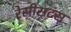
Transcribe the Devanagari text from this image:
रेसीसटंस